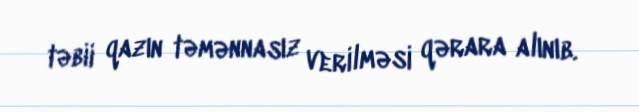
təbii qazın təmənnasız verilməsi qərara alınıb.